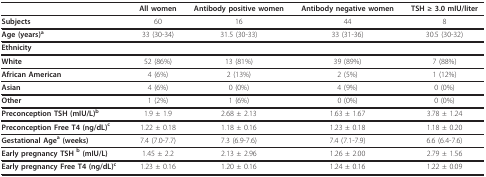
<table><thead><tr><td></td><td><b>All women</b></td><td><b>Antibody positive women</b></td><td><b>Antibody negative women</b></td><td><b>TSH ≥ 3.0 mIU/liter</b></td></tr></thead><tbody><tr><td><b>Subjects</b></td><td>60</td><td>16</td><td>44</td><td>8</td></tr><tr><td><b>Age (years)<sup>a</sup></b></td><td>33 (30-34)</td><td>31.5 (30-33)</td><td>33 (31-36)</td><td>30.5 (30-32)</td></tr><tr><td><b>Ethnicity</b></td><td></td><td></td><td></td><td></td></tr><tr><td><b>White</b></td><td>52 (86%)</td><td>13 (81%)</td><td>39 (89%)</td><td>7 (88%)</td></tr><tr><td><b>African American</b></td><td>4 (6%)</td><td>2 (13%)</td><td>2 (5%)</td><td>1 (12%)</td></tr><tr><td><b>Asian</b></td><td>4 (6%)</td><td>0 (0%)</td><td>4 (9%)</td><td>0 (0%)</td></tr><tr><td><b>Other</b></td><td>1 (2%)</td><td>1 (6%)</td><td>0 (0%)</td><td>0 (0%)</td></tr><tr><td><b>Preconception TSH (mIU/L)<sup>b</sup></b></td><td>1.9 ± 1.9</td><td>2.68 ± 2.13</td><td>1.63 ± 1.67</td><td>3.78 ± 1.24</td></tr><tr><td><b>Preconception Free T4 (ng/dL)<sup>c</sup></b></td><td>1.22 ± 0.18</td><td>1.18 ± 0.16</td><td>1.23 ± 0.18</td><td>1.18 ± 0.20</td></tr><tr><td><b>Gestational Age<sup>a </sup>(weeks)</b></td><td>7.4 (7.0-7.7)</td><td>7.3 (6.9-7.6)</td><td>7.4 (7.1-7.9)</td><td>6.6 (6.4-7.6)</td></tr><tr><td><b>Early pregnancy TSH <sup>b </sup>(mIU/L)</b></td><td>1.45 ± 2.2</td><td>2.13 ± 2.96</td><td>1.26 ± 2.00</td><td>2.79 ± 1.56</td></tr><tr><td><b>Early pregnancy Free T4 (ng/dL)<sup>c</sup></b></td><td>1.23 ± 0.16</td><td>1.20 ± 0.16</td><td>1.24 ± 0.16</td><td>1.22 ± 0.09</td></tr></tbody></table>